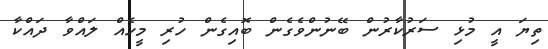
ތިޔަ އީ މުޅި ސަރުކާރުން ބޭނުންވެގެން ބޮއިގެން ހުރި މީހެއް ލައްވާ ދައްކާ